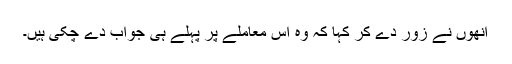
انھوں نے زور دے کر کہا کہ وہ اس معاملے پر پہلے ہی جواب دے چکی ہیں۔